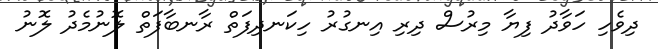
ދިވެހި ހަވާދު ފިޔާ މިރުސް ދިރި އިނގުރު ހިކަނދިފަތް ރާނބާފަތް ލޮނުމެދު ލޮނު